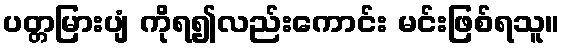
ပတ္တမြားပျံ ကိုရ၍လည်းကောင်း မင်းဖြစ်ရသူ။